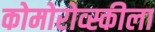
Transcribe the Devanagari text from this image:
कोमोरोव्स्कीला